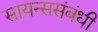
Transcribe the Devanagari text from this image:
सायन्ससंबंधी